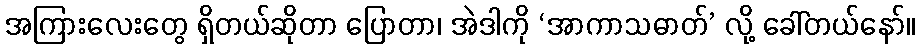
အကြားလေးတွေ ရှိတယ်ဆိုတာ ပြောတာ၊ အဲဒါကို ‘အာကာသဓာတ်’ လို့ ခေါ်တယ်နော်။